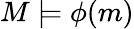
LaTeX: M\models\phi(m)